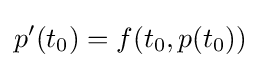
p'(t_{0})=f(t_{0},p(t_{0}))